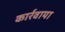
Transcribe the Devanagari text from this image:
कार्रवाया